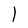
Character: l